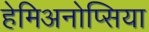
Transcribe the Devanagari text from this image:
हेमिअनोप्सिया